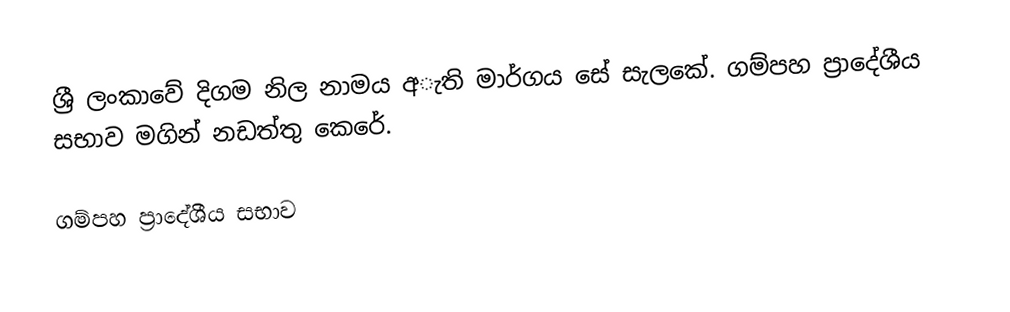
ශ්‍රී ලංකාවේ දිගම නිල නාමය අැති මාර්ගය සේ සැලකේ. ගම්පහ ප්‍රාදේශීය සභාව මගින් නඩත්තු කෙරේ.

ගම්පහ ප්‍රාදේශීය සභාව